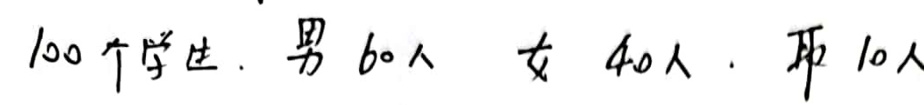
100个学生. 男60人 女40人. 师10人